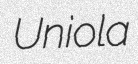
Uniola